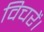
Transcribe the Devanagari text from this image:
विचरें।